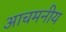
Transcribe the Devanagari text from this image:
आचमनीय